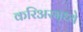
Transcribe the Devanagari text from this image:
करिअरमध्ये